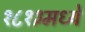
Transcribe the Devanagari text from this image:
१८१३मध्ये